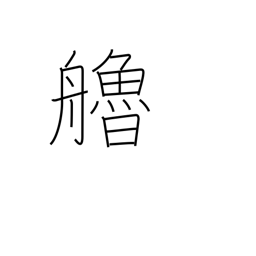
Meaning: oar